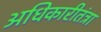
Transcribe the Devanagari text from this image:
अधिकारीतंत्रा